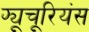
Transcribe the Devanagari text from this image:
फ्यूचूरियंस